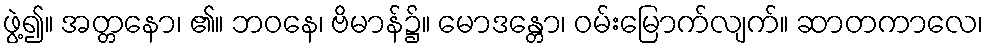
ဖွဲ့၍။ အတ္တနော၊ ၏။ ဘဝနေ၊ ဗိမာန်၌။ မောဒန္တော၊ ဝမ်းမြောက်လျက်။ ဆာတကာလေ၊